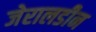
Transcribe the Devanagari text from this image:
जेरालडीन